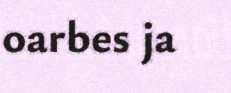
oarbes ja